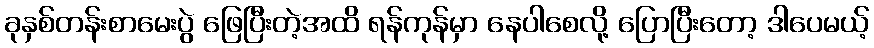
ခုနှစ်တန်းစာမေးပွဲ ဖြေပြီးတဲ့အထိ ရန်ကုန်မှာ နေပါစေလို့ ပြောပြီးတော့ ဒါပေမယ့်